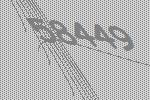
58449